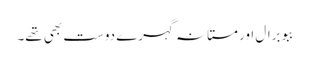
ببو برال اور مستانہ گہرے دوست بھی تھے۔